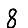
Digit: 8